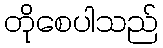
တိုစေပါသည်